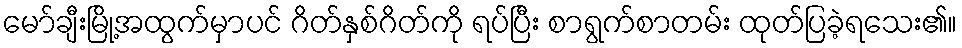
မော်ချီးမြို့အထွက်မှာပင် ဂိတ်နှစ်ဂိတ်ကို ရပ်ပြီး စာရွက်စာတမ်း ထုတ်ပြခဲ့ရသေး၏။